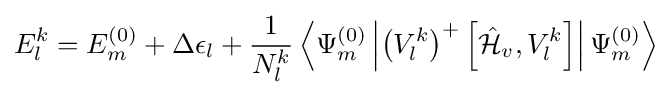
E_{l}^{k}=E_{m}^{(0)}+\Delta \epsilon _{l}+{\frac {1}{N_{l}^{k}}}\left\langle \Psi _{m}^{(0)}\left|\left(V_{l}^{k}\right)^{+}\left[{\hat {\mathcal {H}}}_{v},V_{l}^{k}\right]\right|\Psi _{m}^{(0)}\right\rangle